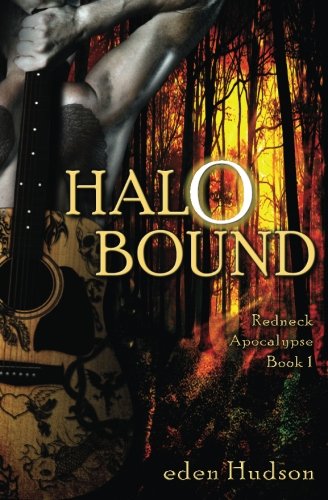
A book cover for Halo Bound (Redneck Apocalypse) (Volume 1); eden Hudson; Science Fiction & Fantasy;